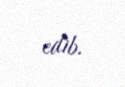
edib.